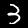
Label: 3